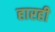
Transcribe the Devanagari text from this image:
हारही